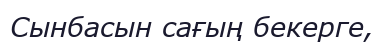
Сынбасын сағың бекерге,